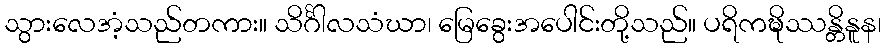
သွားလေအံ့သည်တကား။ သိင်္ဂါလသံဃာ၊ မြေခွေးအပေါင်းတို့သည်။ ပရိကဍ္ဎိဿန္တိနူန၊